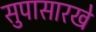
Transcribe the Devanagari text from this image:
सुपासारखे